65_HS1-834228961_62-HQ-83894_Section_1
Agency: FBI
Page 68
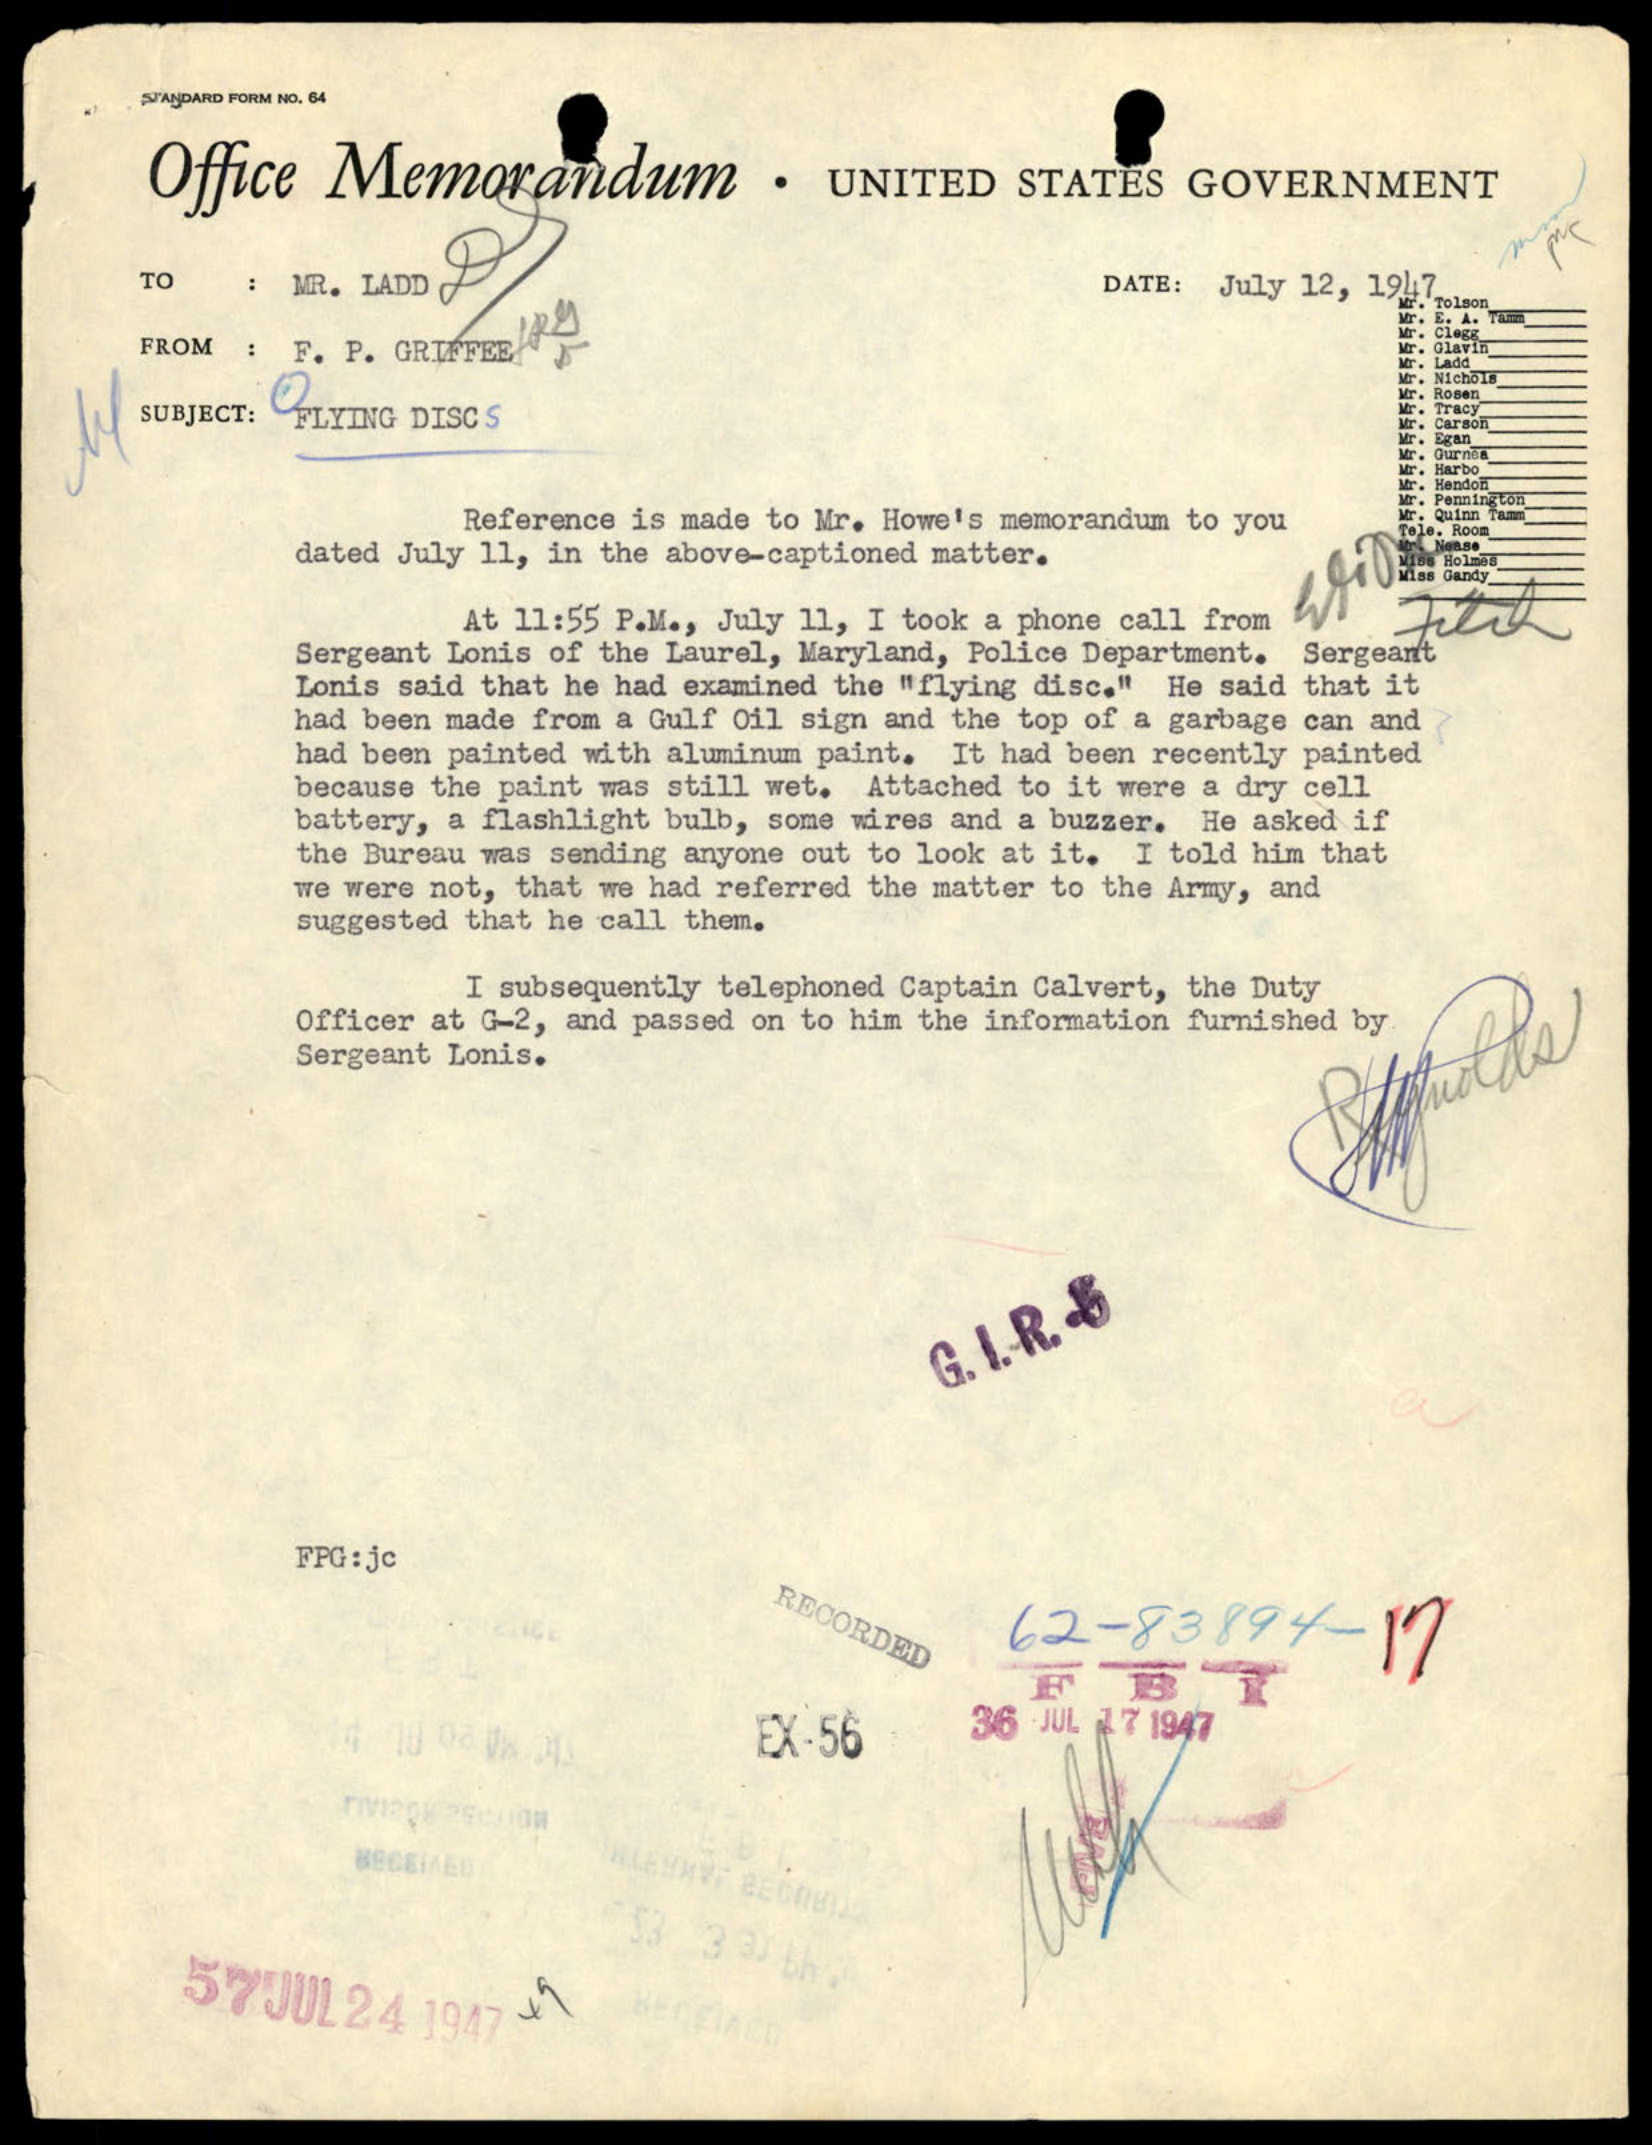